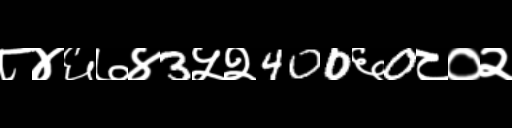
Text: ८४६७४3५२400६0८०२